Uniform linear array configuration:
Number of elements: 4
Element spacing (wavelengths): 0.25
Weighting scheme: uniform
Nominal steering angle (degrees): -15
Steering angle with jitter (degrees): -14.084
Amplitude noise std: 0.05
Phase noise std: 0.05

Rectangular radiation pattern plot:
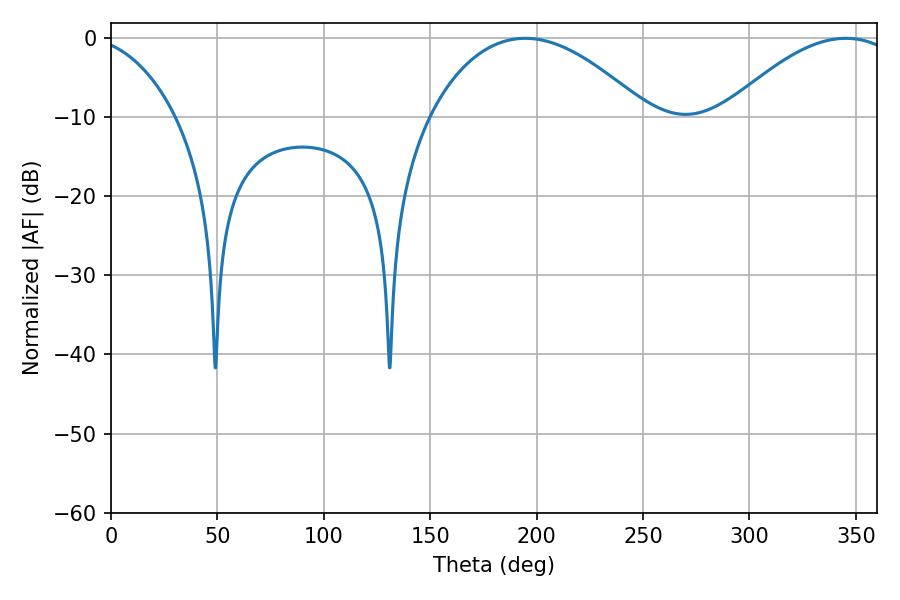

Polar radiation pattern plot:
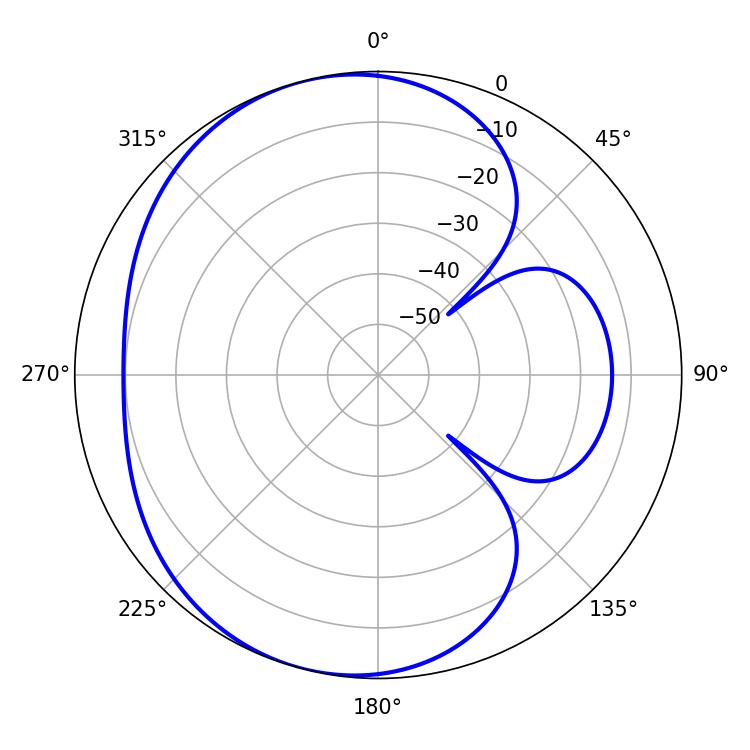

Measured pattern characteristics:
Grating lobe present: FALSE
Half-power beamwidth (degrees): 56.88
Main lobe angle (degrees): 194.58